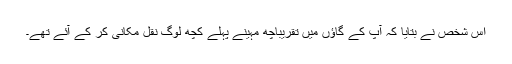
اس شخص نے بتایا کہ آپ کے گاؤں میں تقریباًچھ مہینے پہلے کچھ لوگ نقل مکانی کر کے آئے تھے۔